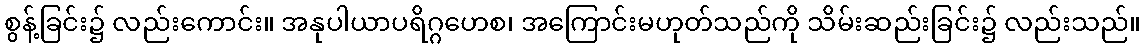
စွန့်ခြင်း၌ လည်းကောင်း။ အနုပါယာပရိဂ္ဂဟေစ၊ အကြောင်းမဟုတ်သည်ကို သိမ်းဆည်းခြင်း၌ လည်းသည်။